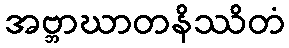
အဗ္ဘာဃာတနိဿိတံ